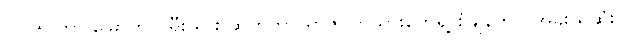
၂၀၂၅ ဟာ မြောက်ကိုရီးယား ဆိုက်ဘာ ရာဇဝတ်သားတွေရဲ့ စံချိန်တင် အခိုးယူဆုံး